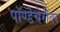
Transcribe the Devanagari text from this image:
पॉण्डेचेरीवर